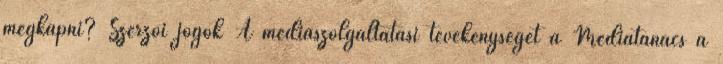
megkapni? Szerzői jogok A médiaszolgáltatási tevékenységét a Médiatanács a